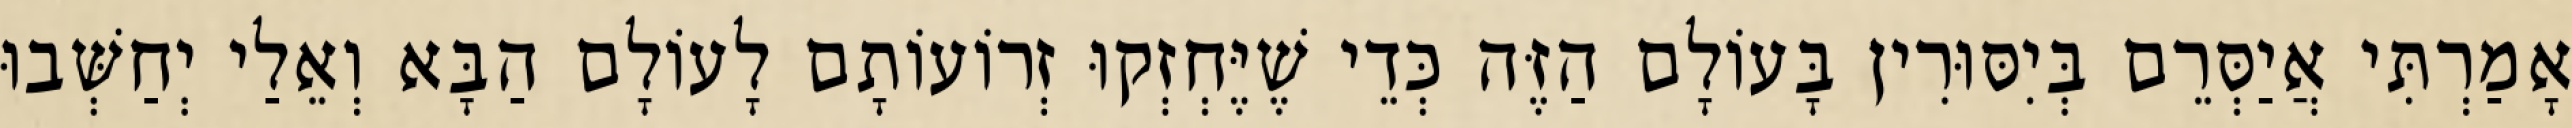
אָמַרְתִּי אֲיַסְּרֵם בְּיִסּוּרִין בָּעוֹלָם הַזֶּה כְּדֵי שֶׁיֶּחְזְקוּ זְרוֹעוֹתָם לָעוֹלָם הַבָּא וְאֵלַי יְחַשְּׁבוּ